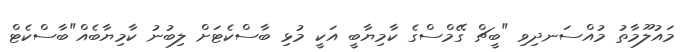
މައުލޫމާތު މުއްސަނދިވި "ބީޗް ގޭމްސްގެ ކާމިޔާބީ އަކީ މުޅި ބާސްކެޓަށް ލިބުނު ކާމިޔާބެއް"ބާސްކެޓް